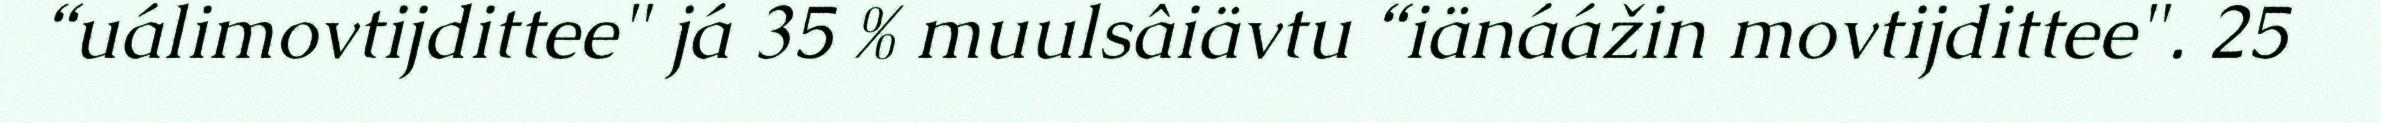
“uálimovtijdittee" já 35 % muulsâiävtu “iänáážin movtijdittee". 25